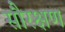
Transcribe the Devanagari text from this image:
सौरक्षण